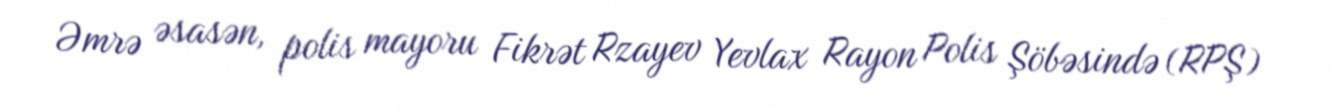
Əmrə əsasən, polis mayoru Fikrət Rzayev Yevlax Rayon Polis Şöbəsində (RPŞ)